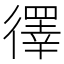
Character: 𪫙